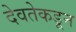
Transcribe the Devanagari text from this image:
देवतेकडून